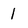
Character: 1